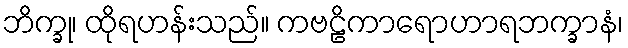
ဘိက္ခု၊ ထိုရဟန်းသည်။ ကဗဠိကာရောဟာရဘက္ခာနံ၊